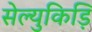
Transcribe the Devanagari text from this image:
सेल्युकिड़ि